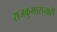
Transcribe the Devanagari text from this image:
राजकुमारांनाही